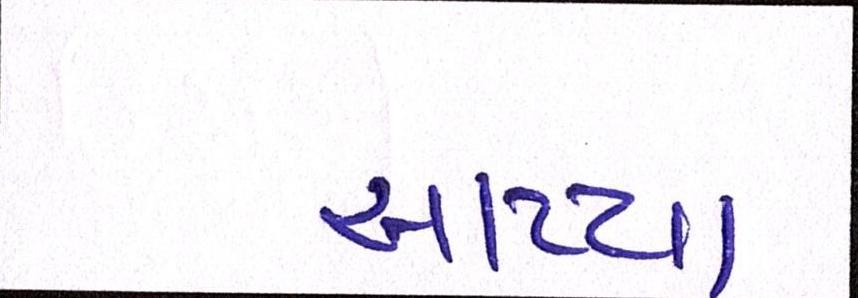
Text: આપ્યા